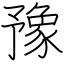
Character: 豫